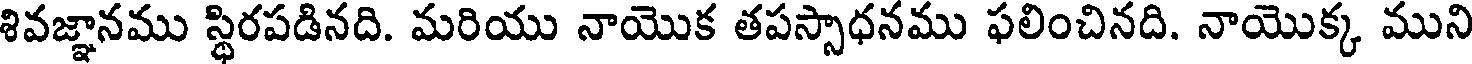
శివజ్ఞానము స్థిరపడినది. మరియు నాయొక తపస్సాధనము ఫలించినది. నాయొక్క ముని